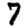
Digit: 7